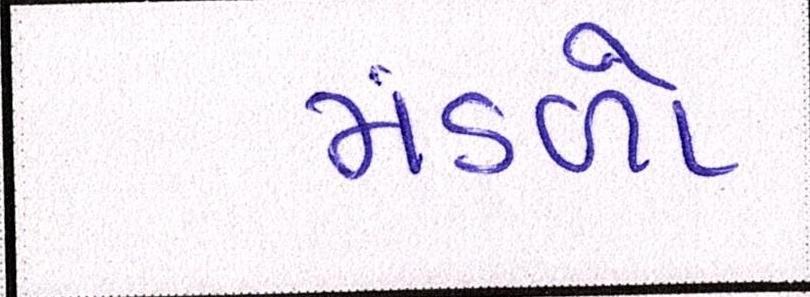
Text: મંડળો